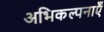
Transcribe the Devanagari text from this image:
अभिकल्पनाएँ